Scottish Certificate of Education, 1963
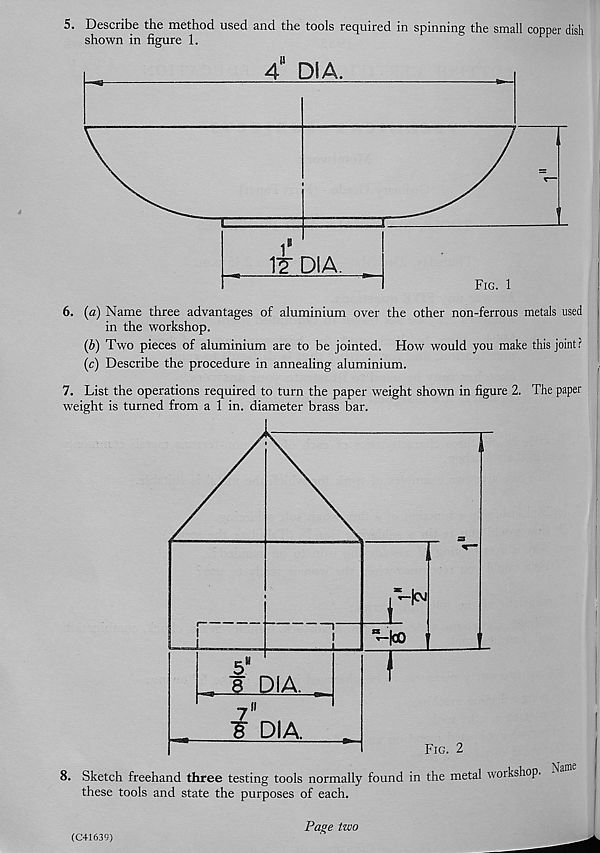
6. (a) Name three advantages of aluminium over the other non-ferrous metals used
in the workshop.
(b) Two pieces of aluminium are to be jointed. How would you make this joint?
(c) Describe the procedure in annealing aluminium.
7. List the operations required to turn the paper weight shown in figure 2. The paper
weight is turned from a 1 in. diameter brass bar.
8. Sketch freehand three testing tools normally found in the metal workshop,
these tools and state the purposes of each.
(C41639)
Page two